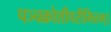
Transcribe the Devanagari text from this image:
पञ्चक्रोशीपरीमितम्।